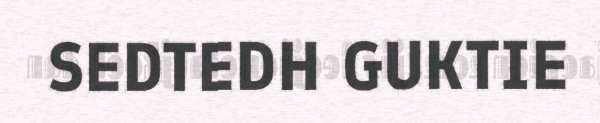
SEDTEDH GUKTIE